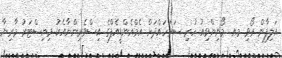
އަލިފާން ރޯވި މއ. މޯނިންވިއު ހުރި ސަރަހައްދަށް އެމްއެންޑީއެފްގެ އިސްވެރިންނާއެކު މިނިސްޓަރު މާރިޔާ